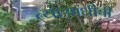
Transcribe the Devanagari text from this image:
त्याआधीची